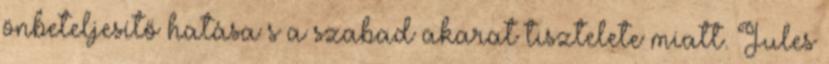
önbeteljesítő hatása s a szabad akarat tisztelete miatt. Jules